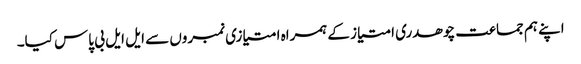
اپنے ہم جماعت چوھدری امتیاز کے ہمراه امتیازی نمبروں سے ایل ایل بی پاس کیا۔